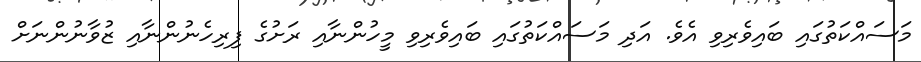
މަސައްކަތުގައި ބައިވެރިވި އެވެ. އަދި މަސައްކަތުގައި ބައިވެރިވި މީހުންނާއި ރަށުގެ ފިރިހެނުންނާއި ޒުވާނުންނަށް